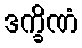
ဒက္ခိဏံ